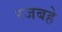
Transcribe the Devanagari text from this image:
रजबहे